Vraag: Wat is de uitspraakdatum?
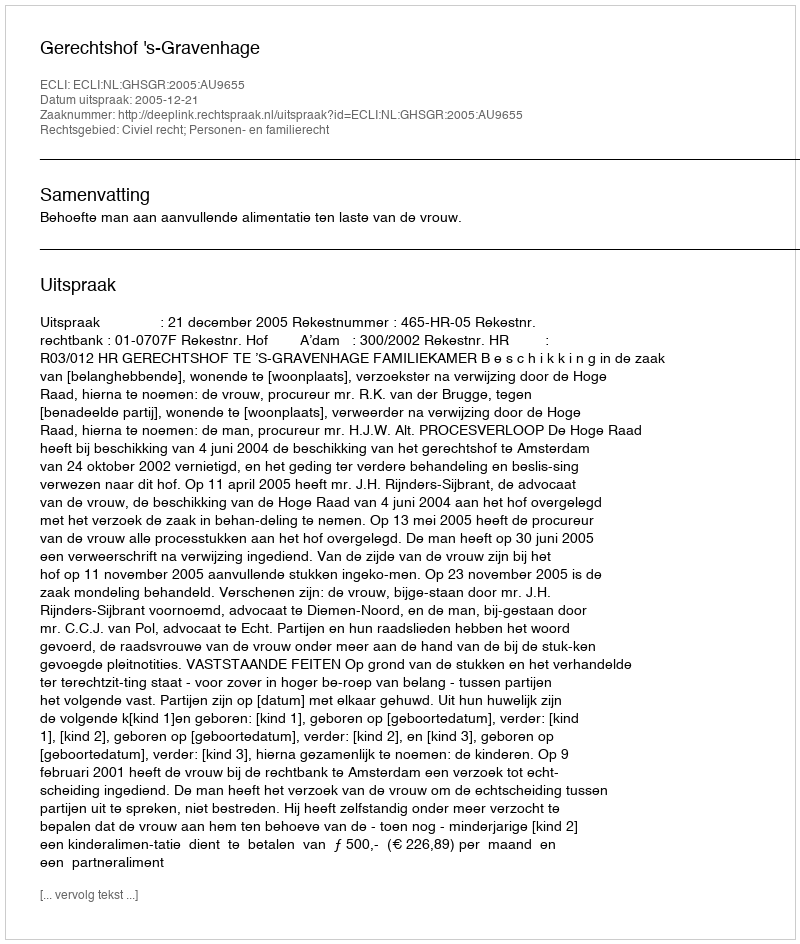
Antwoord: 2005-12-21